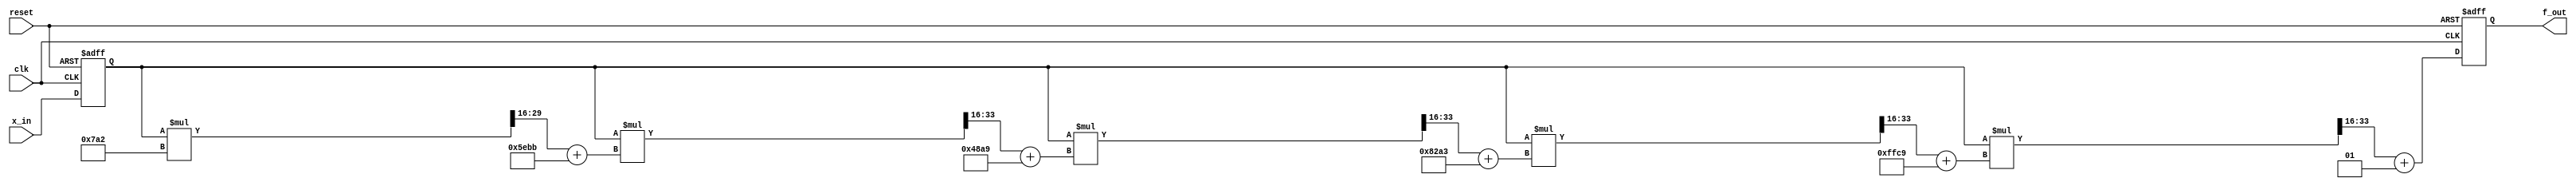
//*********************************************************
// IEEE STD 1364-2001 Verilog file: ln.v 
// Author-EMAIL: Uwe.Meyer-Baese@ieee.org
//*********************************************************
module ln #(parameter N = 5, // Number of Coeffcients-1
            parameter W= 17) // Bitwidth -1                         
  (input clk,                      // System clock
   input reset,                    // Asynchronous reset 
   input signed [W:0] x_in,        //  System input
   output reg signed [W:0] f_out); // System output
// --------------------------------------------------------
  reg signed [W:0] x, f;   // Auxilary register
  wire signed [W:0] p [0:5];  
  reg signed [W:0] s [0:5];           
  
// Polynomial coefficients for 16 bit precision: 
// f(x) = (1  + 65481 x -32093 x^2 + 18601 x^3 
//                      -8517 x^4 + 1954 x^5)/65536
  assign p[0] = 18'sd1;
  assign p[1] = 18'sd65481;
  assign p[2] = -18'sd32093;
  assign p[3] = 18'sd18601;
  assign p[4] = -18'sd8517;
  assign p[5] = 18'sd1954;
  
  always @(posedge clk or posedge reset) 
  begin : Store
    if (reset) begin              // Asynchronous clear
      x <= 0; f_out <= 0;
    end else begin   
      x <= x_in;     // Store input in register
      f_out <= f;
    end
  end 
  
  always @*        // Compute sum-of-products
  begin :  SOP
    integer k; // define the loop variable
    reg signed [35:0] slv;  

    s[N] = p[N];  
// Polynomial Approximation from Chebyshev coefficients
    for (k=N-1; k>=0; k=k-1)
    begin
      slv   = x * s[k+1]; // no FFs for slv
      s[k]  = (slv >>> 16) + p[k];
    end     // x*s/65536 problem 32 bits
    f  <= s[0];      // make visable outside  
  end

endmodule